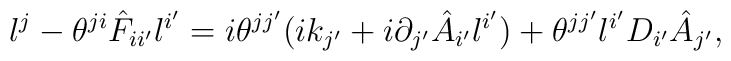
l^j - \theta^{ji} \hat{F}_{ii'} l^{i'}= i \theta^{jj'} (i k_{j'} + i \partial_{j'} \hat{A}_{i'} l^{i'})+ \theta^{jj'} l^{i'} D_{i'} \hat{A}_{j'},